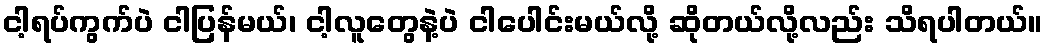
ငါ့ရပ်ကွက်ပဲ ငါပြန်မယ်၊ ငါ့လူတွေနဲ့ပဲ ငါပေါင်းမယ်လို့ ဆိုတယ်လို့လည်း သိရပါတယ်။